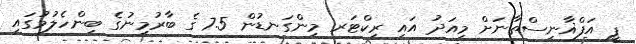
ޕީ އަފްޣާނިސްތާނަށް މިއަދު އައި ރިކްޓަރ މިންގަނޑުން 7.5 ގެ ބާރުމިނުގެ ބިންހެލުމުގައި